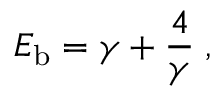
E _ { \mathrm { b } } = \gamma + { \frac { 4 } { \gamma } } \; ,